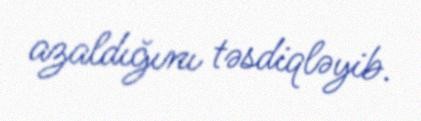
azaldığını təsdiqləyib.